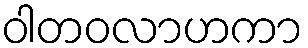
ဝါတဝလာဟကာ